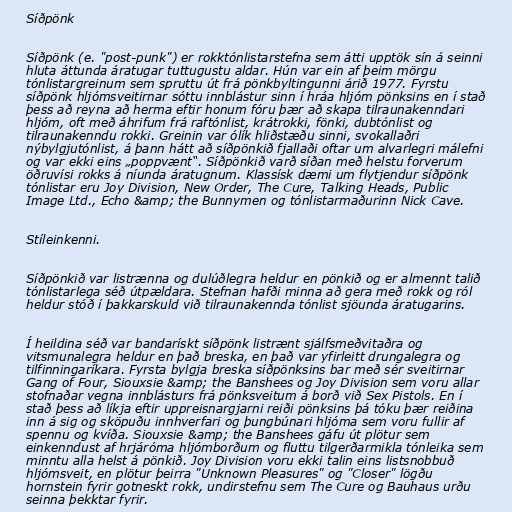
Síðpönk

Síðpönk (e. "post-punk") er rokktónlistarstefna sem átti upptök sín á seinni
hluta áttunda áratugar tuttugustu aldar. Hún var ein af þeim mörgu
tónlistargreinum sem spruttu út frá pönkbyltingunni árið 1977. Fyrstu
síðpönk hljómsveitirnar sóttu innblástur sinn í hráa hljóm pönksins en í stað
þess að reyna að herma eftir honum fóru þær að skapa tilraunakenndari
hljóm, oft með áhrifum frá raftónlist, krátrokki, fönki, dubtónlist og
tilraunakenndu rokki. Greinin var ólík hliðstæðu sinni, svokallaðri
nýbylgjutónlist, á þann hátt að síðpönkið fjallaði oftar um alvarlegri málefni
og var ekki eins „poppvænt“. Síðpönkið varð síðan með helstu forverum
öðruvísi rokks á níunda áratugnum. Klassísk dæmi um flytjendur síðpönk
tónlistar eru Joy Division, New Order, The Cure, Talking Heads, Public
Image Ltd., Echo &amp; the Bunnymen og tónlistarmaðurinn Nick Cave.

Stíleinkenni.

Síðpönkið var listrænna og dulúðlegra heldur en pönkið og er almennt talið
tónlistarlega séð útpældara. Stefnan hafði minna að gera með rokk og ról
heldur stóð í þakkarskuld við tilraunakennda tónlist sjöunda áratugarins.

Í heildina séð var bandarískt síðpönk listrænt sjálfsmeðvitaðra og
vitsmunalegra heldur en það breska, en það var yfirleitt drungalegra og
tilfinningaríkara. Fyrsta bylgja breska síðpönksins bar með sér sveitirnar
Gang of Four, Siouxsie &amp; the Banshees og Joy Division sem voru allar
stofnaðar vegna innblásturs frá pönksveitum á borð við Sex Pistols. En í
stað þess að líkja eftir uppreisnargjarni reiði pönksins þá tóku þær reiðina
inn á sig og sköpuðu innhverfari og þungbúnari hljóma sem voru fullir af
spennu og kvíða. Siouxsie &amp; the Banshees gáfu út plötur sem
einkenndust af hrjáróma hljómborðum og fluttu tilgerðarmikla tónleika sem
minntu alla helst á pönkið. Joy Division voru ekki talin eins listsnobbuð
hljómsveit, en plötur þeirra "Unknown Pleasures" og "Closer" lögðu
hornstein fyrir gotneskt rokk, undirstefnu sem The Cure og Bauhaus urðu
seinna þekktar fyrir.